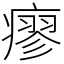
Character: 瘳